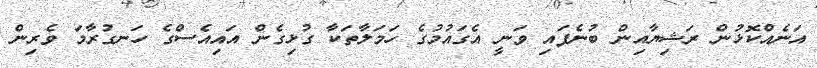
އަނެއްކޮޅުން ރަޝިޔާއިން ބުނެފައި ވަނީ އެގައުމުގެ ހަމަލާތަކާ ގުޅިގެން އައިއެސްގެ ހަނގުރާމަ ވެރިން